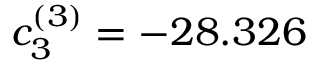
c _ { 3 } ^ { ( 3 ) } = - 2 8 . 3 2 6